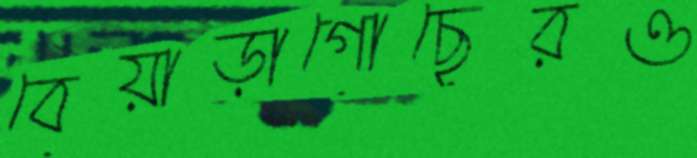
বেয়াড়াগোছেরও